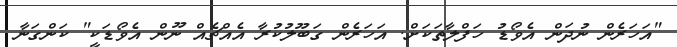
"އަހަރެން ނުދަން އެވޯޑު ހަފްލާތަކަށް. އަހަރެން ގަބޫލުކުރާ އެއްޗެއް ނޫން އެވޯޑަކީ" ކަންގަނާ